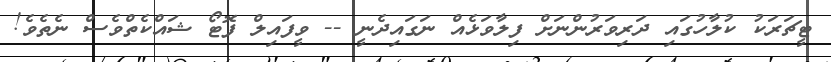
ޓީޗަރަކު ކުލާހުގައި ދަރިވަރުންނަށް ފިލާވަޅެއް ނަގައިދެނީ -- ވީފައިލް ފޮޓޯ ޝައްކެތްވެސް ނެތެވެ!